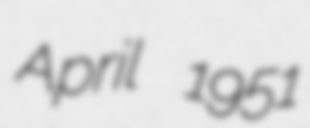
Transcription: April 1951